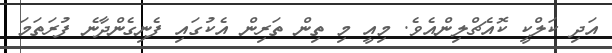
އަދި ކަލްކީ ކޮއެޗްލިންއެވެ. މިއީ މި ތިން ތަރިން އެކުގައި ފެނިގެންދާނެ ފުރަތަމަ